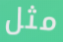
مثل